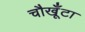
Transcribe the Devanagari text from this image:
चौखूँटा